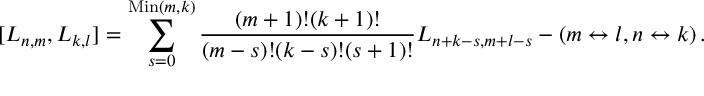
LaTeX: [ { \cal L } _ { n , m } , { \cal L } _ { k , l } ] = \sum _ { s = 0 } ^ { \mathrm { M i n } ( m , k ) } { \frac { ( m + 1 ) ! ( k + 1 ) ! } { ( m - s ) ! ( k - s ) ! ( s + 1 ) ! } } { \cal L } _ { n + k - s , m + l - s } - ( m \leftrightarrow l , n \leftrightarrow k ) \, .